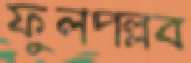
ফুলপল্লব